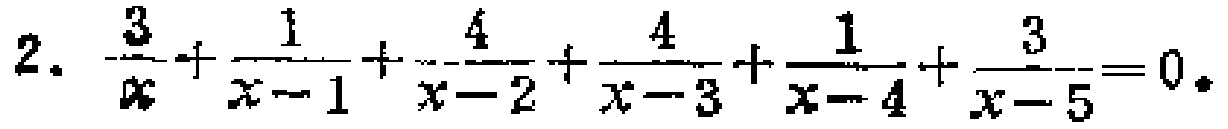
\(2.\ \frac{3}{x}+\frac{1}{x - 1}+\frac{4}{x - 2}+\frac{4}{x - 3}+\frac{1}{x - 4}+\frac{3}{x - 5}=0\)